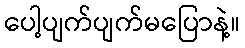
ပေါ့ပျက်ပျက်မပြောနဲ့။